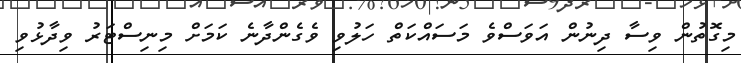
މިގޮތުން ވިސާ ދިނުން އަވަސްވެ މަސައްކަތް ހަލުވި ވެގެންދާނެ ކަމަށް މިނިސްޓަރު ވިދާޅުވި